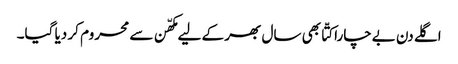
اگلے دن بےچارا کتّا بھی سال بھر کے لیے مکھّن سے محروم کر دیا گیا۔